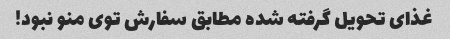
غذای تحویل گرفته شده مطابق سفارش توی منو نبود!